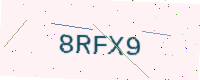
Text: 8RFX9